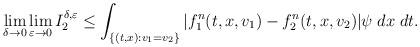
LaTeX: \begin{align*}\lim\limits_{\delta\to0}\lim\limits_{\varepsilon\to0} I_2^{\delta,\varepsilon}\le \int_{\{(t,x):v_1=v_2\}} |f_1^n(t,x,v_1)-f_2^n(t,x, v_2)| \psi \; dx \; dt.\end{align*}